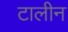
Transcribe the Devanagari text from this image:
टालीन